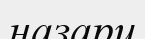
назари